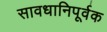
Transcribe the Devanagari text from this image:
सावधानिपूर्वक